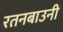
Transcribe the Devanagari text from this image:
रतनबाउनी